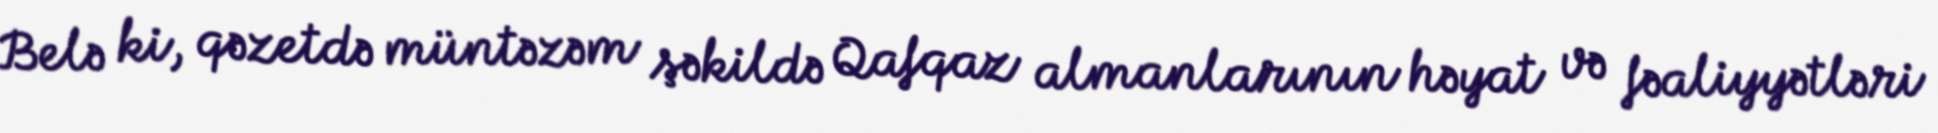
Belə ki, qəzetdə müntəzəm şəkildə Qafqaz almanlarının həyat və fəaliyyətləri